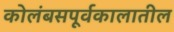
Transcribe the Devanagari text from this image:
कोलंबसपूर्वकालातील